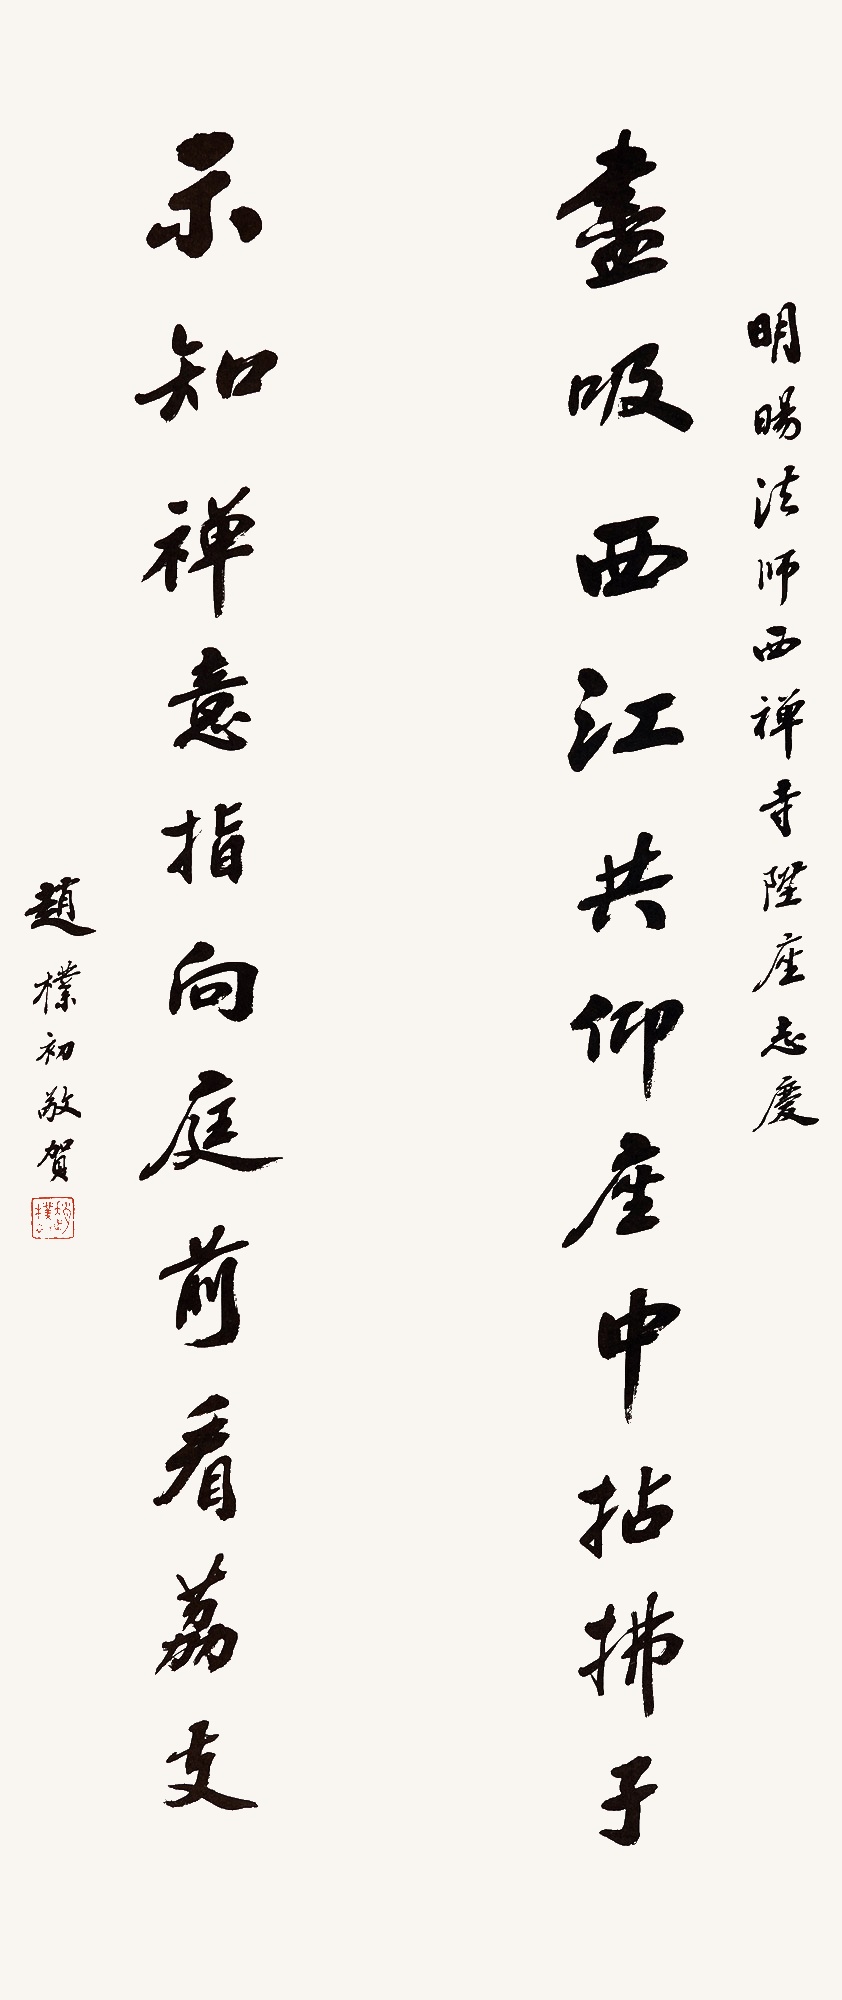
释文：尽吸西江共仰座中拈拂子，示知禅意指向庭前看荔支。明旸法师西禅寺升座志庆，赵朴初敬贺。